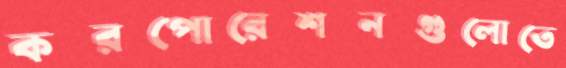
করপোরেশনগুলোতে